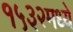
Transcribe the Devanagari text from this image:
१५३२मध्ये